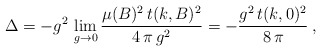
\begin{align*}\Delta = - g^2\,\lim_{g\to 0}\frac{ \mu(B)^2\, t(k,B)^2}{4\, \pi\, g^2} = - \frac{g^2\, t(k,0)^2}{8 \,\pi} \:,\end{align*}